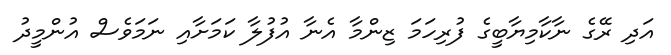
އަދި ރޭގެ ނާކާމިޔާބީގެ ފުރިހަމަ ޒިންމާ އެނާ އުފުލާ ކަމަށާއި ނަމަވެސް އުންމީދު